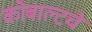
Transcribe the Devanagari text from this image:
कोबाल्टचे